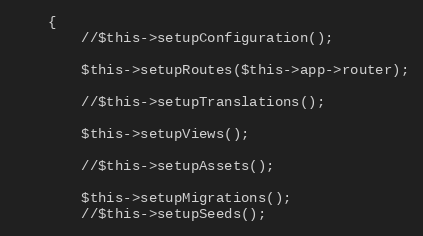
Language: PHP
    {
        //$this->setupConfiguration();

        $this->setupRoutes($this->app->router);

        //$this->setupTranslations();

        $this->setupViews();

        //$this->setupAssets();

        $this->setupMigrations();
        //$this->setupSeeds();